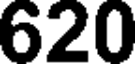
620